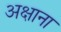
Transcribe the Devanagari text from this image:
अक्षाना